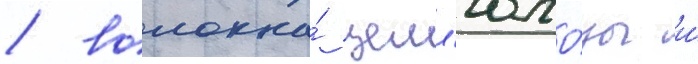
/ волокна́ целл'юло́зы и́